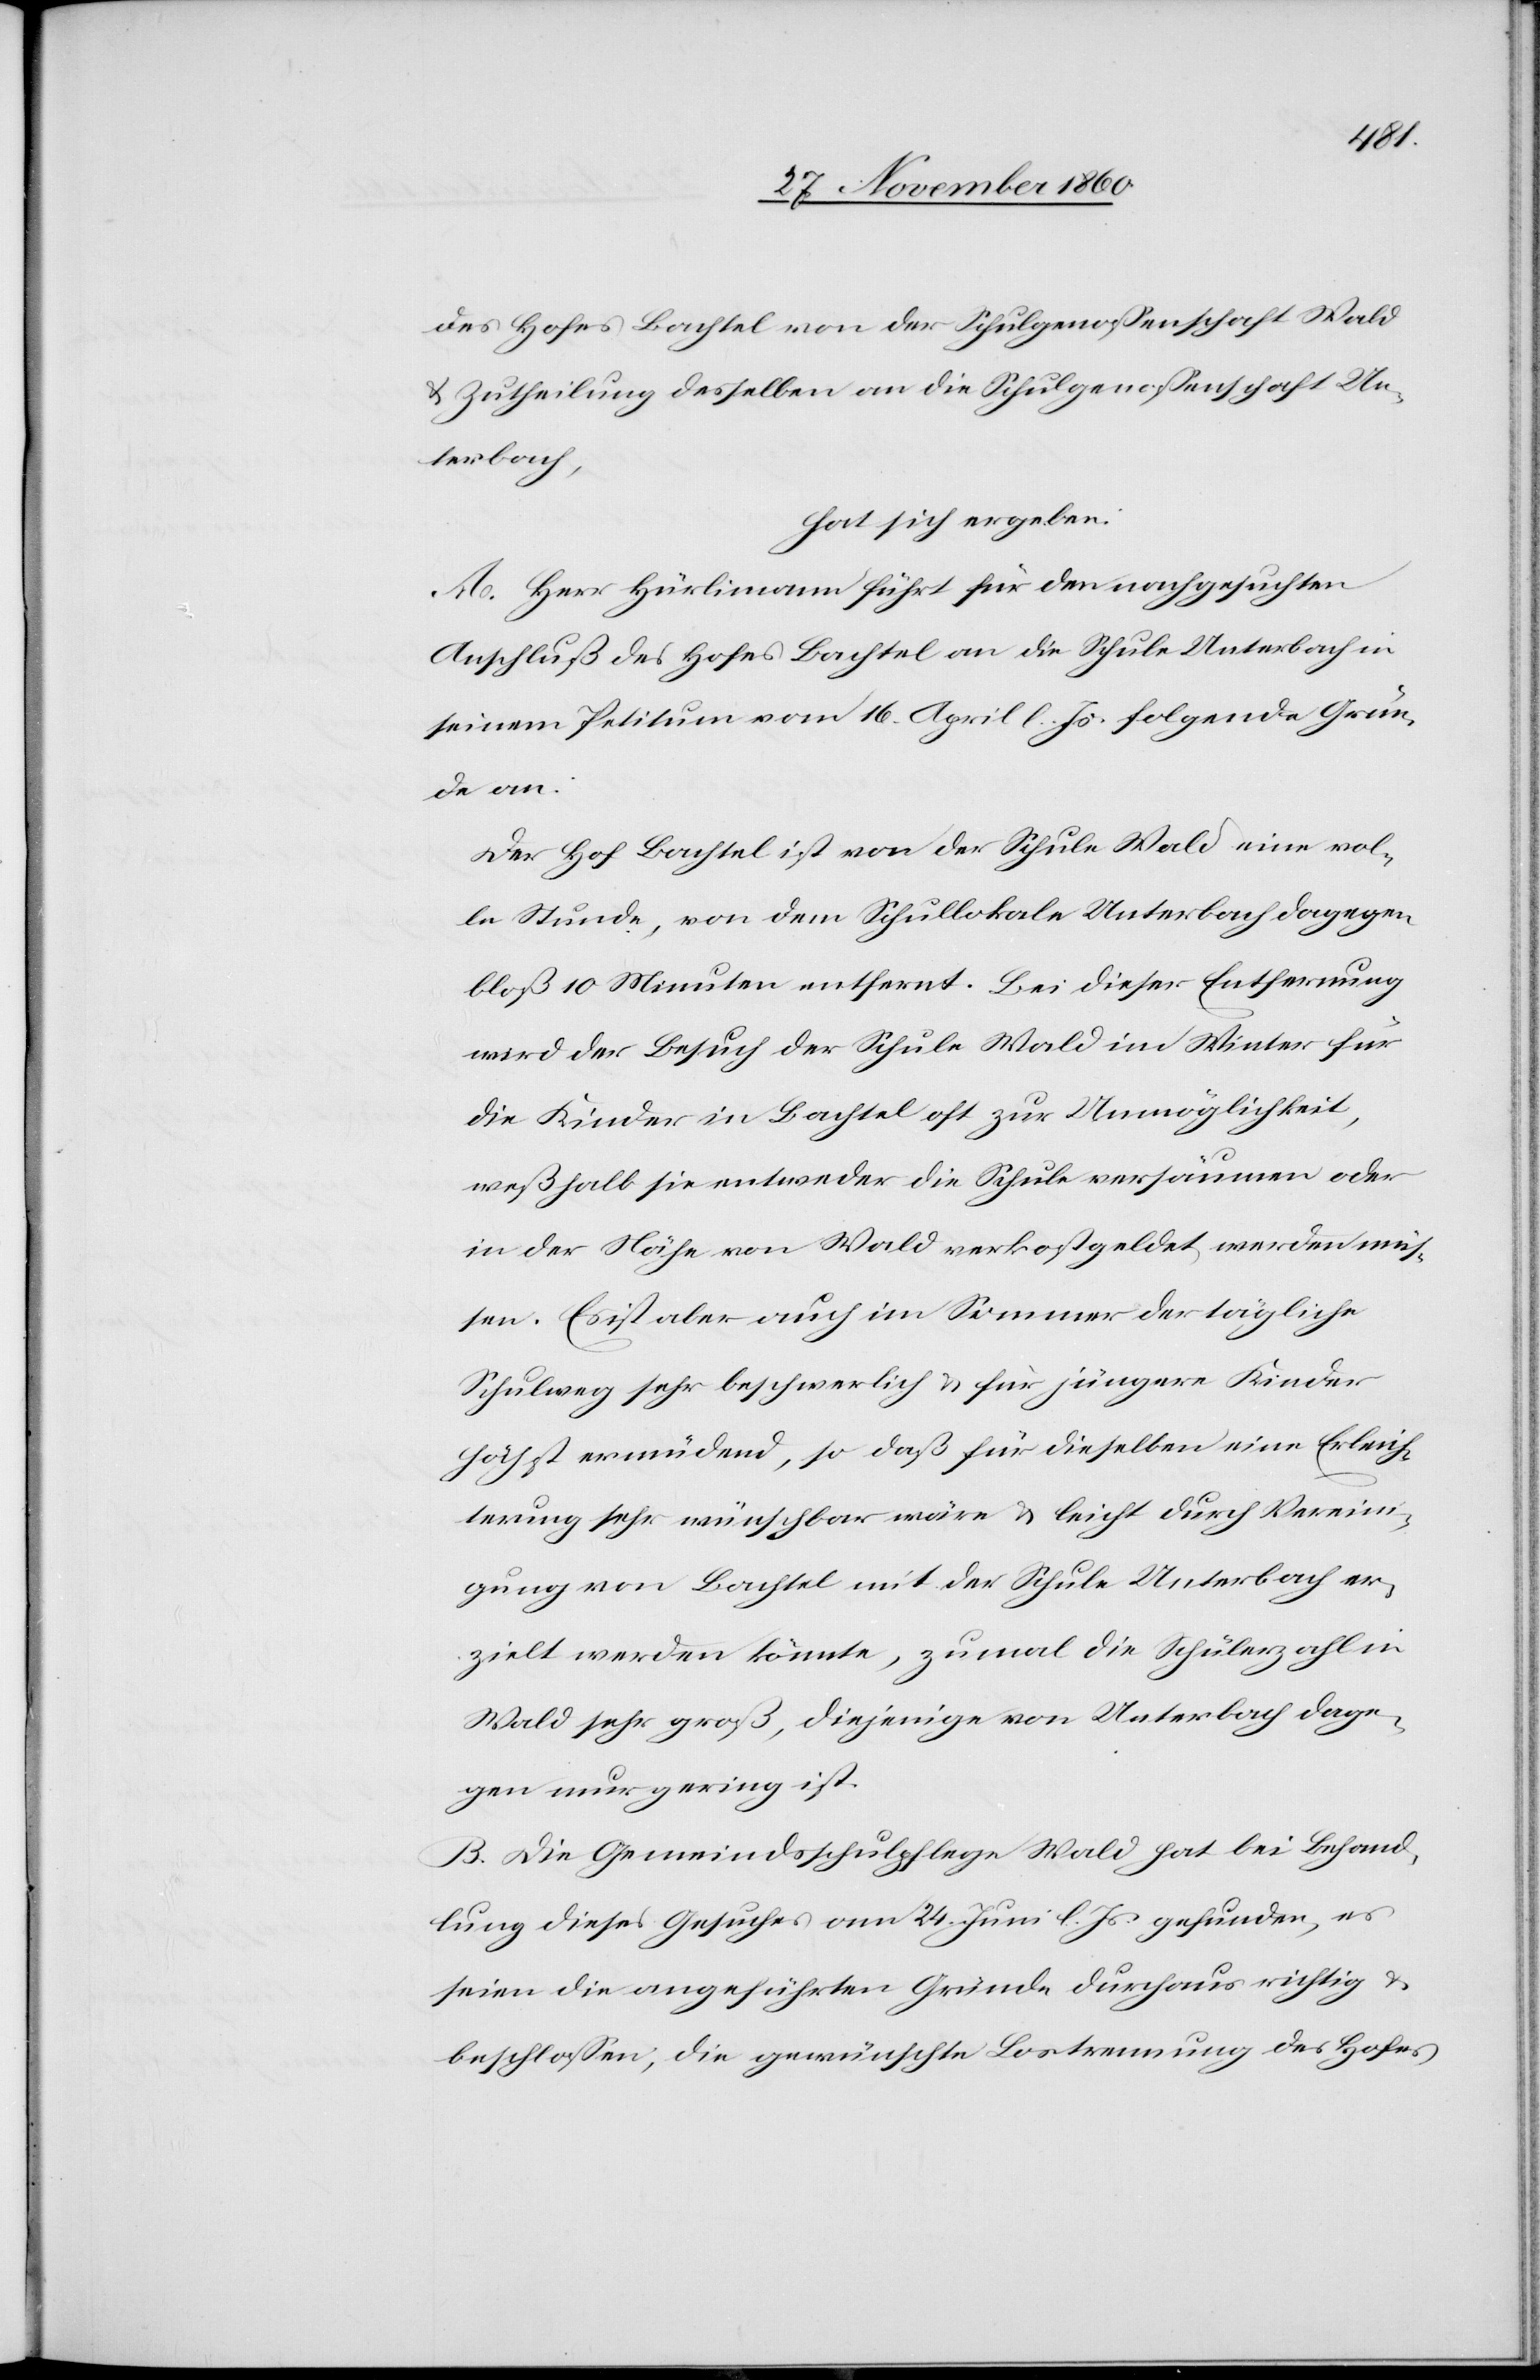
des Hofes Bachtel von der Schulgenossenschaft Wald
u. Zutheilung desselben an die Schulgenossenschaft Un¬
terbach,
hat sich ergeben:
A. Herr Hürlimann führt für den nachgesuchten
Anschluß des Hofes Bachtel an die Schule Unterbach in
seinem Petitum vom 16. April l. Js. folgende Grün¬
de an:
Der Hof Bachtel ist von der Schule Wald eine vol¬
le Stunde, von dem Schullokale Unterbach dagegen
bloß 10 Minuten entfernt. Bei dieser Entfernung
wird der Besuch der Schule Wald im Winter für
die Kinder in Bachtel zur Unmöglichkeit,
weßhalb sie entweder die Schule versäumen oder
in der Nähe von Wald verkostgeldet werden müs¬
sen. Es ist aber auch im Sommer der tägliche
Schulweg sehr beschwerlich u. für jüngere Kinder
höchst ermüdend, so daß für dieselben eine Erleich¬
terung sehr wünschbar wäre u. leicht durch Vereini¬
gung von Bachtel mit der Schule Unterbach er¬
zielt werden könnte, zumal die Schülerzahl in
Wald sehr groß, diejenige von Unterbach dage¬
gen nur gering ist.
B. Die Gemeindsschulpflege Wald hat bei Behand¬
lung dieses Gesuches am 24. Juni l. Js. gefunden, es
seien die angeführten Gründe durchaus richtig u.
beschlossen, die gewünschte Lostrennung des Hofes